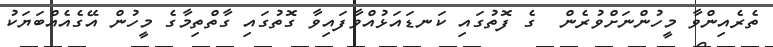
ތެރެއިންވާ މީހުންނަށްވުރެން  ގެ ފޮތުގައި ކަނޑައަޅުއްވާފައިވާ ގޮތުގައި ގާތްތިމާގެ މީހުން އޭގެއެއްބަޔަކު